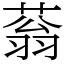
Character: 蓊